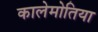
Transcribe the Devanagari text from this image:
कालेमोतिया